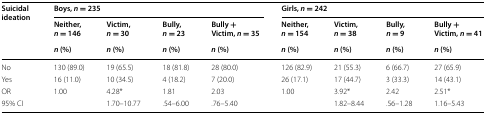
| <ROWSPAN=3> Suicidal ideation | <COLSPAN=4> Boys, n = 235 | <COLSPAN=4> Girls, n = 242 |
 | Neither, n = 146 | Victim, n = 30 | Bully, n = 23 | Bully + Victim, n = 35 | Neither, n = 154 | Victim, n = 38 | Bully, n = 9 | Bully + Victim, n = 41 |
 | n (%) | n (%) | n (%) | n (%) | n (%) | n (%) | n (%) | n (%) |
 | --- | --- | --- | --- | --- | --- | --- | --- | --- |
 | No | 130 (89.0) | 19 (65.5) | 18 (81.8) | 28 (80.0) | 126 (82.9) | 21 (55.3) | 6 (66.7) | 27 (65.9) |
 | Yes | 16 (11.0) | 10 (34.5) | 4 (18.2) | 7 (20.0) | 26 (17.1) | 17 (44.7) | 3 (33.3) | 14 (43.1) |
 | OR | 1.00 | 4.28* | 1.81 | 2.03 | 1.00 | 3.92* | 2.42 | 2.51* |
 | 95% CI |  | 1.70–10.77 | .54–6.00 | .76–5.40 |  | 1.82–8.44 | .56–1.28 | 1.16–5.43 |